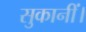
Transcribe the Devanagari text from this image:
सुकानीं।